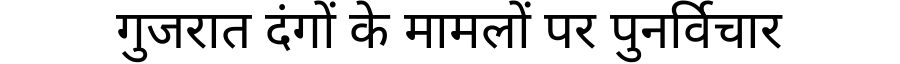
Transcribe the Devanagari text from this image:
गुजरात दंगों के मामलों पर पुनर्विचार